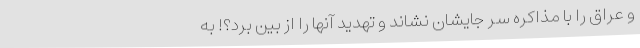
و عراق را با مذاکره سر جایشان نشاند و تهدید آنها را از بین برد؟! به